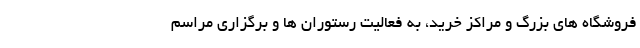
فروشگاه های بزرگ و مراکز خرید، به فعالیت رستوران ها و برگزاری مراسم